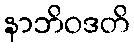
နာဘိဝဒတိ